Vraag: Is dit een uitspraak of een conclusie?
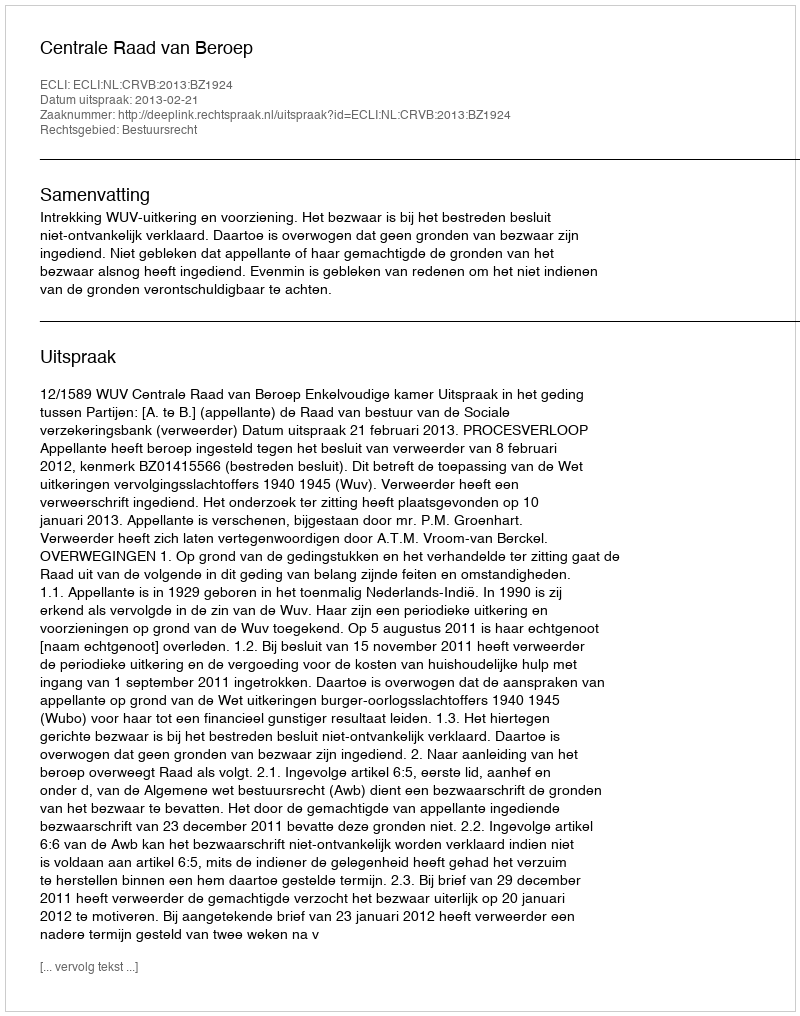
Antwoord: Uitspraak